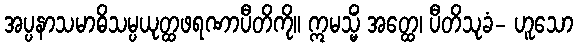
အပ္ပနာသမာဓိသမ္ပယုတ္ထဖရဏာပီတိကို။ ဣမသ္မိံ အတ္ထေ၊ ပီတိသုခံ- ဟူသော